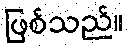
ဖြစ်သည်။